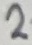
Text: 2